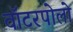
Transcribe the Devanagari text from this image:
वॉटरपोलो